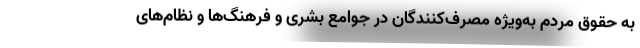
به حقوق مردم به‌ویژه مصرف‌کنندگان در جوامع بشری و فرهنگ‌ها و نظام‌های